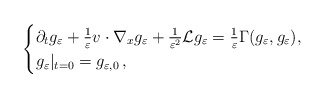
\begin{align*}\begin{cases}\partial_tg_\varepsilon+\frac 1 \varepsilon v\cdot\nabla_{x}g_\varepsilon+\frac 1{\varepsilon^2}\mathcal{L}g_\varepsilon=\frac{1}{\varepsilon}\Gamma(g_\varepsilon, g_\varepsilon),\\g_\varepsilon|_{t=0}=g_{\varepsilon, 0}\,,\end{cases}\end{align*}